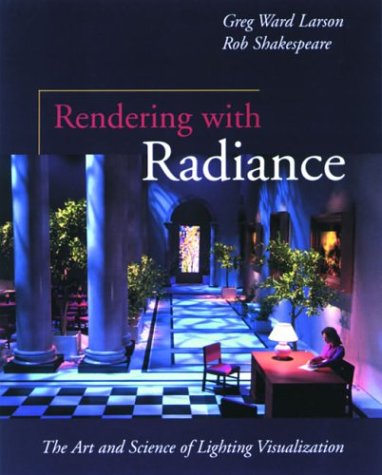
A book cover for Rendering with Radiance (The Morgan Kaufmann Series in Computer Graphics); Gregory Ward Larson; Computers & Technology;